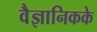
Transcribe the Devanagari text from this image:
वैज्ञानिकके